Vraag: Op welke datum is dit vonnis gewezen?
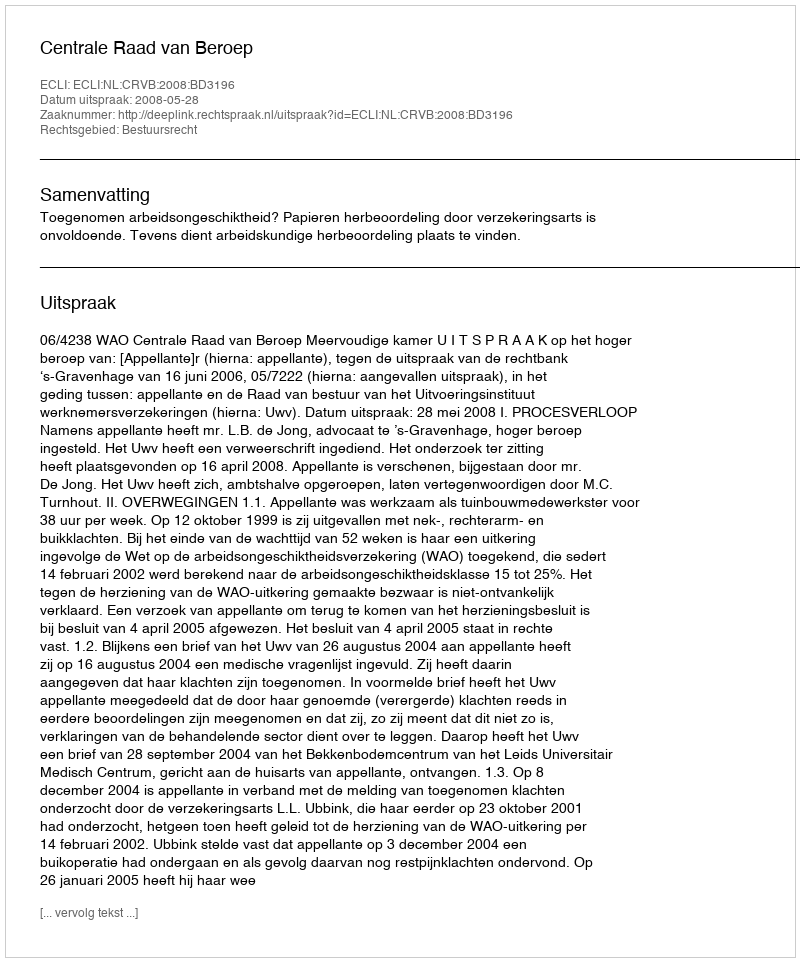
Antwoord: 2008-05-28